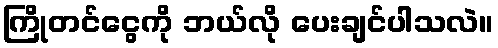
ကြိုတင်ငွေကို ဘယ်လို ပေးချင်ပါသလဲ။